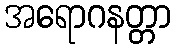
အရောဂနတ္တာ